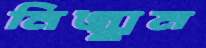
নিজ্‌ঝুম